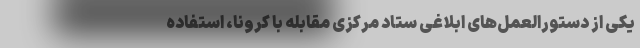
یکی از دستورالعمل‌های ابلاغی ستاد مرکزی مقابله با کرونا، استفاده